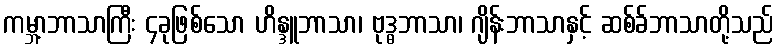
ကမ္ဘာ့ဘာသာကြီး ၄ခုဖြစ်သော ဟိန္ဒူဘာသာ၊ ဗုဒ္ဓဘာသာ၊ ဂျိန်းဘာသာနှင့် ဆစ်ခ်ဘာသာတို့သည်